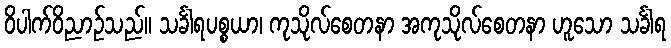
ဝိပါက်ဝိညာဉ်သည်။ သင်္ခါရပစ္စယာ၊ ကုသိုလ်စေတနာ အကုသိုလ်စေတနာ ဟူသော သင်္ခါရ